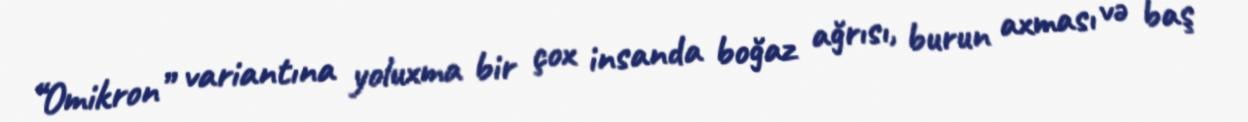
“Omikron” variantına yoluxma bir çox insanda boğaz ağrısı, burun axması və baş